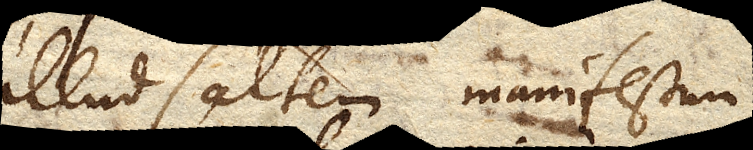
illud saltem manifestum